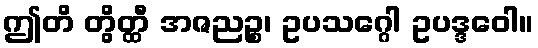
ဤတိ တွိတ္ထီ အဇညဉ္စ၊ ဥပသဂ္ဂေါ ဥပဒ္ဒဝေါ။